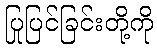
ပြုပြင်ခြင်းတို့ကို